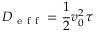
D _ { \mathrm { ~ e ~ f ~ f ~ } } = \frac { 1 } { 2 } v _ { 0 } ^ { 2 } \tau